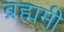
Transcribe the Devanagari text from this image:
ब्रह्ममी